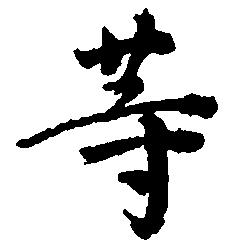
等